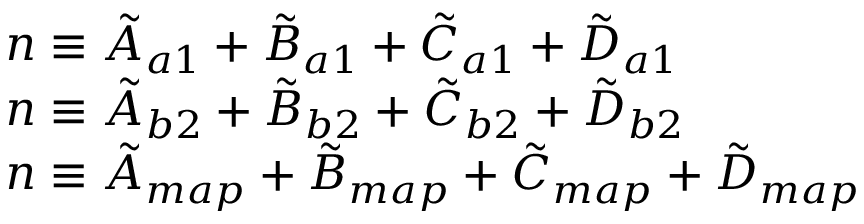
\begin{array} { l } { n \equiv \tilde { A } _ { a 1 } + \tilde { B } _ { a 1 } + \tilde { C } _ { a 1 } + \tilde { D } _ { a 1 } } \\ { n \equiv \tilde { A } _ { b 2 } + \tilde { B } _ { b 2 } + \tilde { C } _ { b 2 } + \tilde { D } _ { b 2 } } \\ { n \equiv \tilde { A } _ { m a p } + \tilde { B } _ { m a p } + \tilde { C } _ { m a p } + \tilde { D } _ { m a p } } \end{array}